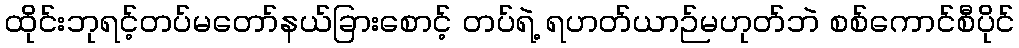
ထိုင်းဘုရင့်တပ်မတော်နယ်ခြားစောင့် တပ်ရဲ့ ရဟတ်ယာဉ်မဟုတ်ဘဲ စစ်ကောင်စီပိုင်